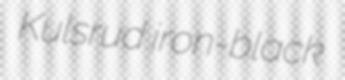
Kulsrud iron-black